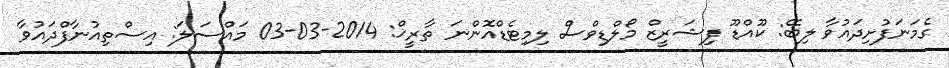
ގެމަނަފުށިދައުވާ ލިބޭ: ކޫއްޑޫ ފިޝަރީޒް މޯލްޑިވްސް ލިމިޓެޑްއޮންނަ ތާރީޚް: 2014-03-03 މައްސަލަ: އިސްތިއުނާފްދައުވާ